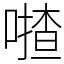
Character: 𠾵